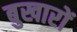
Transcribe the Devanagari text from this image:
बुखारों